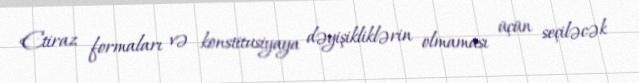
Etiraz formaları və konstitusiyaya dəyişikliklərin olmaması üçün seçiləcək